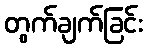
တွက်ချက်ခြင်း